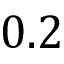
0 . 2